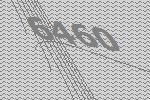
6460